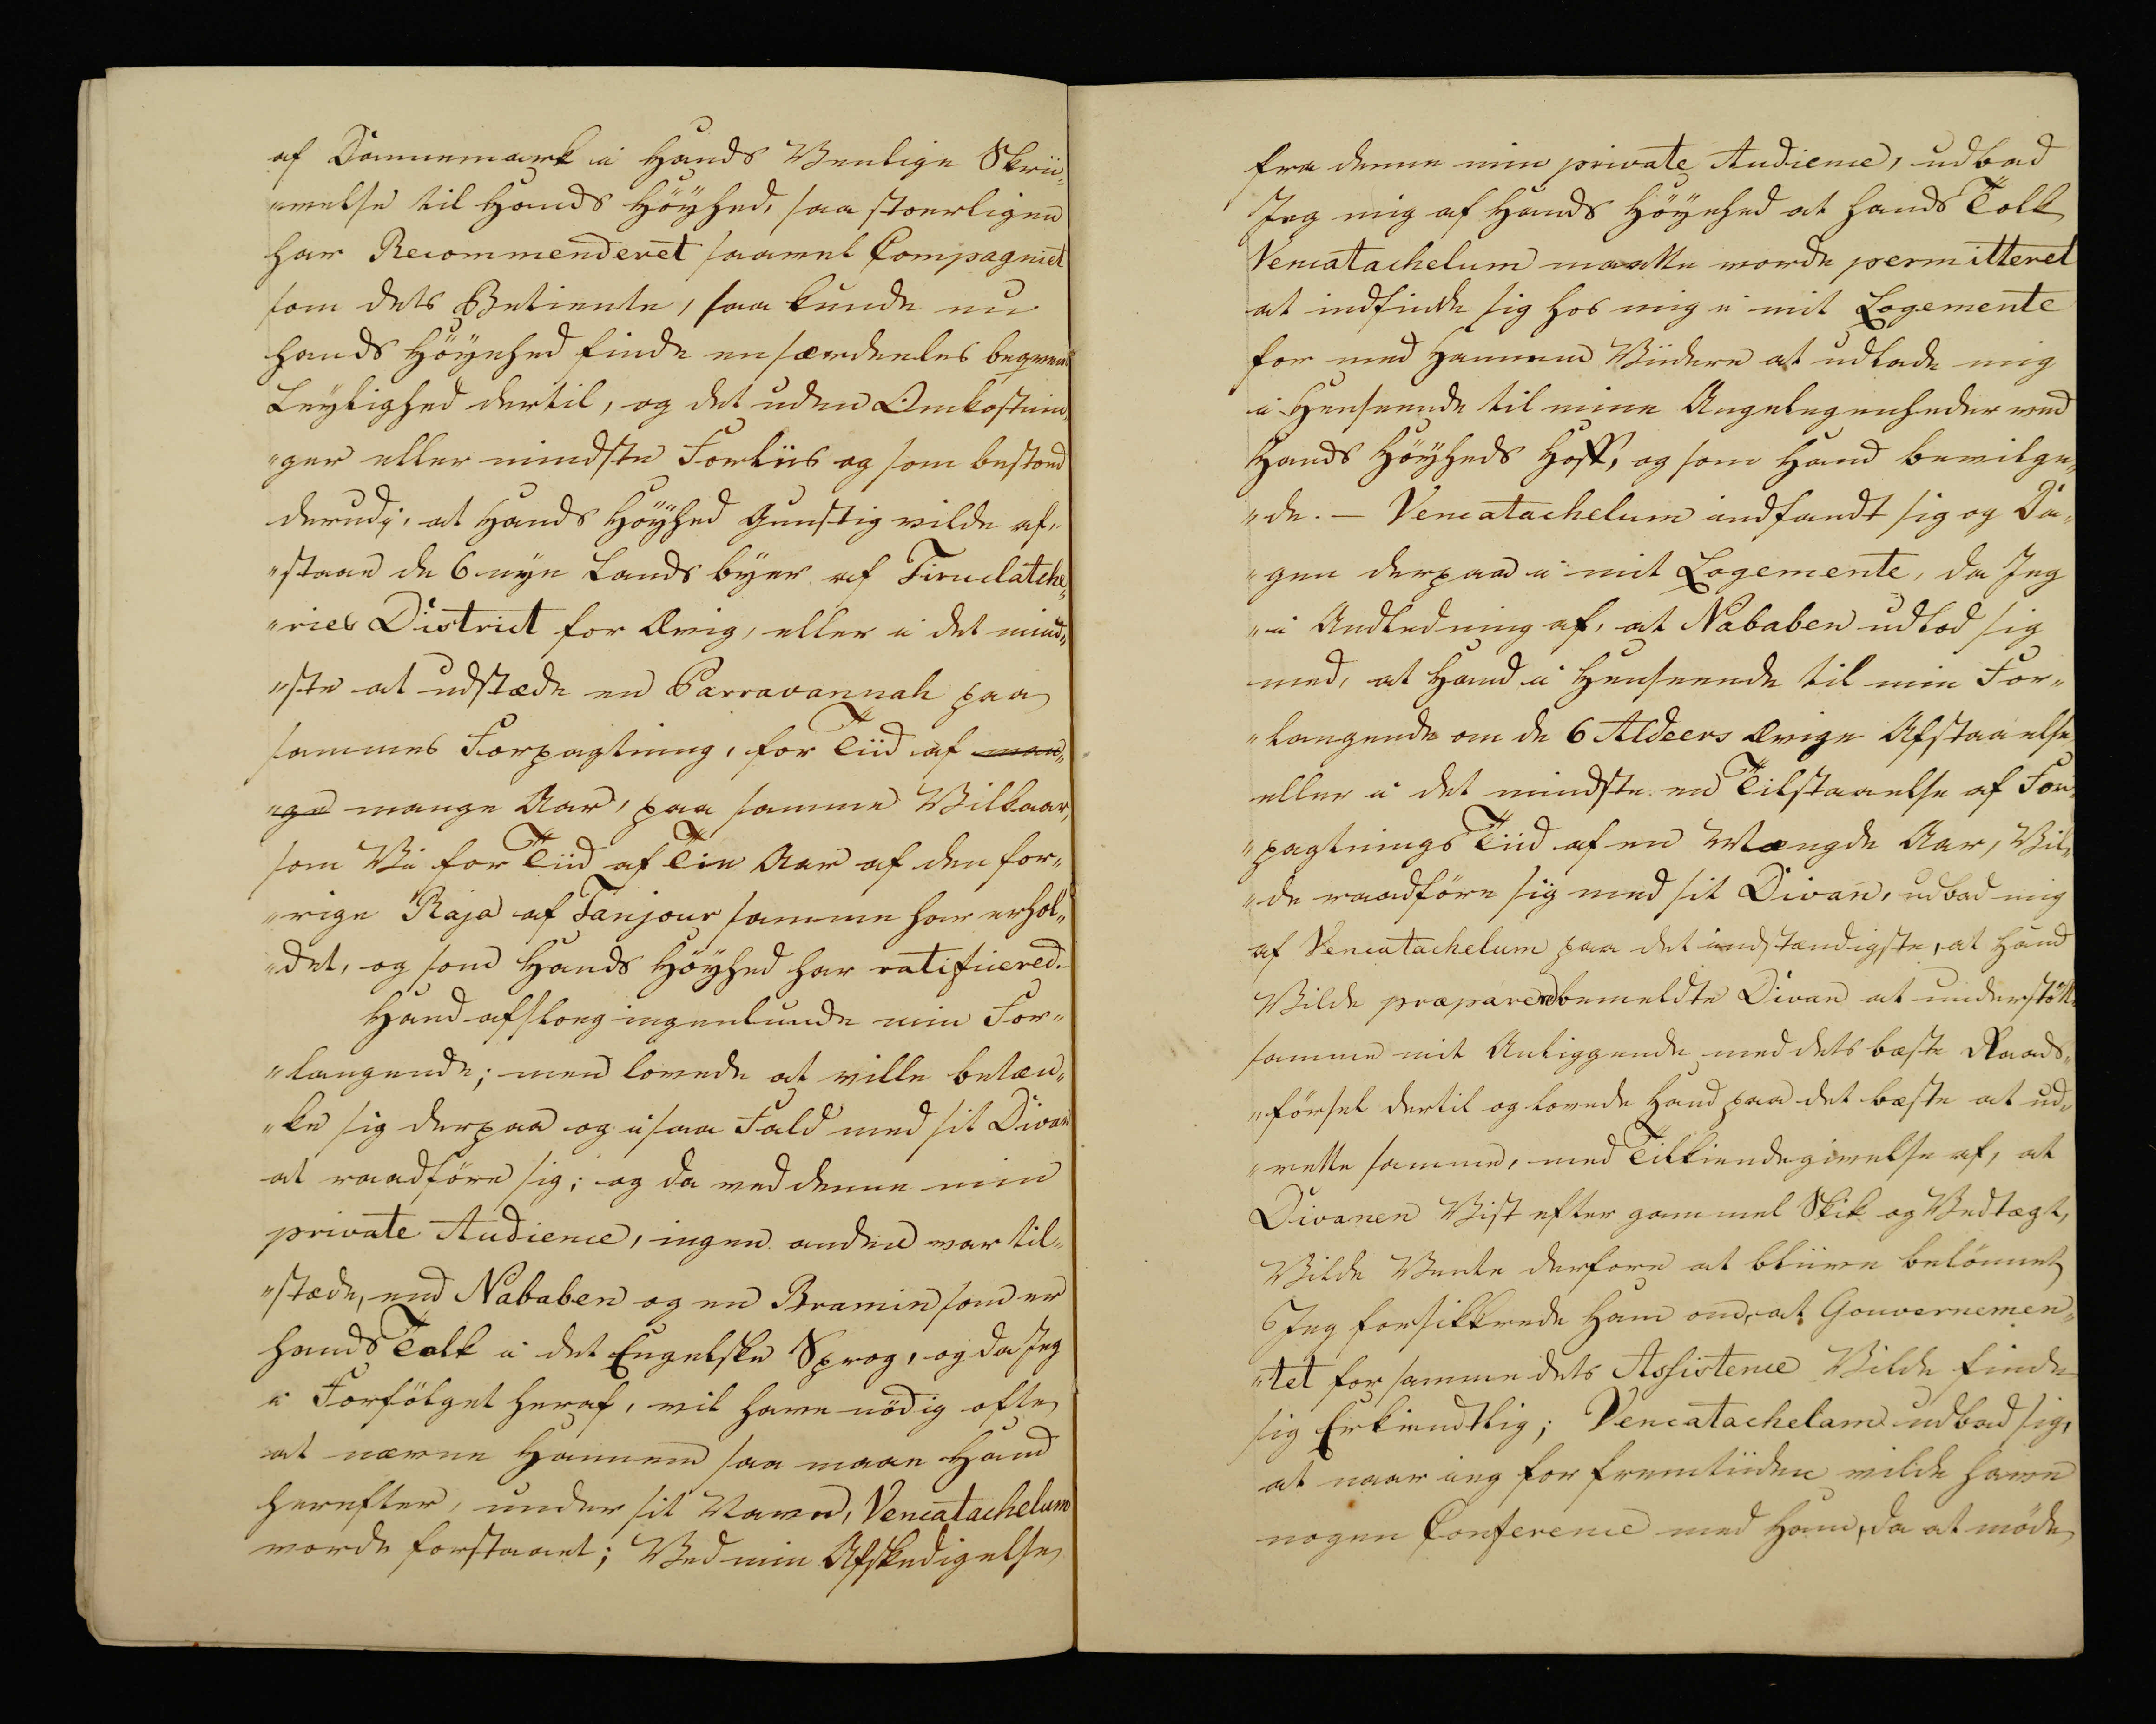
Transkription:
af Dannemark i Hands Venlige Skri„
„velse til Hands Höyhed saa stoerligen
har Recommenderet saavel Compagniet
som dets Betiente, saa kunde nu
Hands Höyehed finde en særdeles beqvem
Leylighed dertil, og det uden Omkostnin„
„ger eller mindste Forliis og som bestoed
derudi, at Hands Höyhed gunstig vilde af„
„staae de 6 nye Lands byer af Tiredatehe„
„ries District for Ævig, eller i det mind„
„ste at udstæde en Parravannak paa
sammes Forpagtning, for Tiid af man„
„ge mange Aar, paa samme Vilkaar
som Vi for Tiid af Tie Aar af den for„
„rige Raja af Tanjour sammen har erhol„
„det, og som Hands Höyhed har ratificered. -
Han Afsloeg ingenlunde min For„
„langende; men lovede at ville betæn„
„ke sig derpaa og i saa Fald med sit Divan
at raadføre sig; og da med denne min
private Audience, ingen anden var til„
„stæde, end Nababen og en Bramin som er
hands Tolk i det Engelske Sprog, og da Jeg
i Forfölget heraf, vil have nödig ofte
at nævne Hannem saa maae Hand
herefter, under sit Navn, Vencatachelum
vorde forstaaet; Ved min Afskedigelse

fra denne min private Audience, udbad
Jeg mig af Hands Höyhed at hands Tolk
Vencatachelum maatte vorde permitteret
at indfinde sig hos mig i mit Logemente
for med Hannem Viidere at udlade mig
i Henseende til mine Angelegenheder ved
Hands Höyheds Hoff, og som Hand bevilge„
„de. - Vencatachelum indfandt sig og Da„
„gen derpaa i mit Logemente, da Jeg
„i Andledning af, at Nababen udlov sig
med, at Hand i Henseende til min For„
„langende om de 6 Aldeers Ævige Afstaaelse
eller i det mindste en Tilstaaelse af For„
„pagtnings Tiid af en Mængde Aar, Vil„
„de raadföre sig med sit Divan, udbad mig
af Vencatachelum paa det indstændigste, at Hand
Vilde præparere bemeldte Divan at understötte
sammen mit Anliggende med dets bæste Raad„
„försel dertil og lovede Hand paa det bæste at  ud„
„rette samme, med Tilkiendegivelse af,at
Divanen Vist efter gammel Skik og Vedtægt,
Vilde Vente derfore at bliive belönnet,
Jeg forsikkrede Ham om, at Gouvernemen„
„tet for samme dets Assistence Vilde finde
sig Erkiendtlig; Vencatachelam udbad sig,
at naar ieg for fremtiiden vilde have
nogen Conference med Ham, da at möde